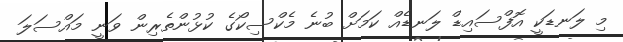
މި ލަނޑަކީ އޮފްސައިޑް ލަނޑެއް ކަމަށް ބުނެ މެކްސިކޯގެ ކުޅުންތެރިން ވަނީ މައްސަލަ